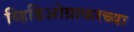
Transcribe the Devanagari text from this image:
व्हिडिओग्राफरच्या